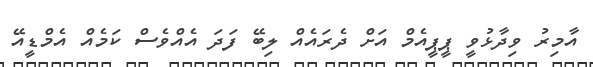
އާމިރު ވިދާޅުވީ ޕީޕީއެމް އަށް ދެރަައެއް ލިބޭ ފަދަ އެއްވެސް ކަމެއް އެމްޑީއޭ